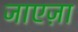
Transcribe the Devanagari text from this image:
जाएज़ा